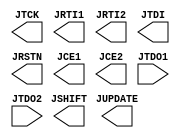
// This program was cloned from: https://github.com/Canaan-Creative/MM
// License: The Unlicense

//   ==================================================================
//   >>>>>>>>>>>>>>>>>>>>>>> COPYRIGHT NOTICE <<<<<<<<<<<<<<<<<<<<<<<<<
//   ------------------------------------------------------------------
//   Copyright (c) 2006-2011 by Lattice Semiconductor Corporation
//   ALL RIGHTS RESERVED 
//   ------------------------------------------------------------------
//
//   IMPORTANT: THIS FILE IS AUTO-GENERATED BY THE LATTICEMICO SYSTEM.
//
//   Permission:
//
//      Lattice Semiconductor grants permission to use this code
//      pursuant to the terms of the Lattice Semiconductor Corporation
//      Open Source License Agreement.  
//
//   Disclaimer:
//
//      Lattice Semiconductor provides no warranty regarding the use or
//      functionality of this code. It is the user's responsibility to
//      verify the users design for consistency and functionality through
//      the use of formal verification methods.
//
//   --------------------------------------------------------------------
//
//                  Lattice Semiconductor Corporation
//                  5555 NE Moore Court
//                  Hillsboro, OR 97214
//                  U.S.A
//
//                  TEL: 1-800-Lattice (USA and Canada)
//                         503-286-8001 (other locations)
//
//                  web: http://www.latticesemi.com/
//
//   --------------------------------------------------------------------
//                         FILE DETAILS
// Project          : LatticeMico32
// Title            : JTAGB Black Box
// Dependencies     : None
// Version          : 6.0.14
//                  : Initial Release
// Version          : 7.0SP2, 3.0
//                  : No Change
// Version          : 3.1
//                  : No Change
// =============================================================================
module JTAGB (
         output JTCK,
         output JRTI1,
         output JRTI2,
         output JTDI,
         output JSHIFT,
         output JUPDATE,
         output JRSTN,
         output JCE1,
         output JCE2,
         input JTDO1,
         input JTDO2
      ) /*synthesis syn_black_box */; 
      
endmodule